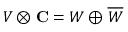
V \otimes \mathbf { C } = W \oplus { \overline { { W } } }